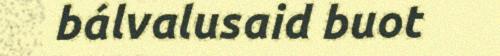
bálvalusaid buot